Vaccination North-Western Provinces 1866-1877 - 1866-1877
Year: 1866
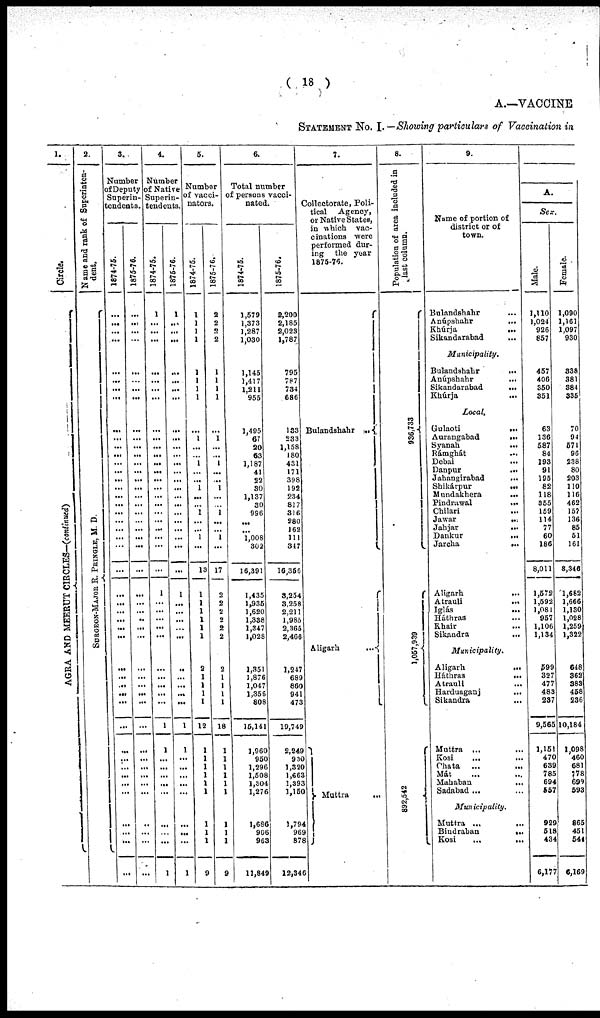
( 18 )
A.— VACCINE
STATEMENT No. I— Showing particulars of Vaccination in
1.
Circle.
AGRA AND MEERUT CIRCLES— (continued)
2.
Name and rank of Superinten-
dent.
SURGEON-MAJOR R. PRINGLE, M. D.
3.
Number
of Deputy
Superin¬
tendents.
1874-75.
...
...
...
...
...
...
...
...
...
...
...
...
...
...
...
...
...
...
...
...
...
...
...
...
...
...
...
...
...
...
...
...
...
...
...
...
...
...
...
...
...
...
...
...
...
...
1875-76.
...
...
...
...
...
...
...
...
...
...
...
...
...
...
...
...
...
...
...
...
...
...
...
...
...
...
...
...
...
...
...
...
...
...
...
...
...
...
...
...
...
...
...
...
...
...
4.
Number
of Native
Superin¬
tendents.
1874-75.
1
...
...
...
...
...
...
...
...
...
...
...
...
...
...
...
...
...
...
...
...
...
...
1
...
...
...
...
...
...
...
...
...
...
1
1
...
...
...
...
...
...
1
1875-76.
1
...
...
...
...
...
...
...
...
...
...
...
...
...
...
...
...
...
...
...
...
...
...
...
1
...
...
...
...
...
...
...
...
...
...
1
1
...
...
...
...
...
...
...
...
1
5.
Number
vacci¬
nators.
1874-75.
1
1
1
1
1
1
1
1
...
1
...
...
1
...
... 1
...
...
1
...
... 1
...
13
1
1
1
1
1
1
2
1
1
1
1
12
1
1
1
1
1
1
1
1
1
9
1875-76.
2
2
2
2
1
1
1
1
...
1
...
...
1
...
... 1
...
...
1
...
... 1
...
17
2
2
2
2
2
2
2
1
1
1
1
18
1
1
1
1
1
1
1
1
1
9
6.
Total number
of persons vacci-
nated.
1874-75.
1,579
1,373
1,287
1,030
1,145
1,417
1,211
955
1,495
67
20
63
1,187
41
22
30
1,137
30
996
...
...
1,008
302
16,391
1,435
1,935
1,620
1,338
1,847
1,028
1,351
1,876
1,047
1,356
808
15,141
1,960
950
1,296
1,508
1,304
1,276
1,686
906
963
11,849
1875-76.
2,200
2,185
2,023
1,787
795
787
734
686
133
233
1,158
180
431
171
398
192
234
817
316
280
162
111
347
16,356
3,254
3,258
2,211
1,985
2,365
2,466
1,247
689
860
941
473
19,749
2,249
930
1,320
1,663
1,393
1,150
1,794
969
878
12,346
7.
Collectorate, Poli-
tical
Agency,
or Native States,
in which vac-
cinations were
performed dur-
ing
the year
1875-76.
Bulandshahr
...
Aligarh
...
Muttra ...
8.
Population of area included in
last column.
936,733
1,057,939
892,542
9.
Name of portion of
district or of
town.
Bulandshahr ... ...
Anúpshahr ... ...
Khúrja
...
...
Sikandarabad ... ...
Municipality.
Bulandshahr
...
...
Anúpshahr
...
...
Sikandarabad ... ...
Khúrja
...
...
Local.
Gulaoti
...
...
Aurangabad
...
...
Syanah
...
...
Rámghát
...
...
Debai ... ...
Danpur
...
...
Jahangirabad ... ...
Shikárpur ... ...
Mundakhera
...
...
Pindrawal
...
...
Chilari ... ...
Jawar
...
...
Jahjar
...
...
Dankur
...
...
Jarcha
...
...
Aligarh
...
...
Atrauli
...
...
Iglás
...
...
Háthras ... ...
Khair ... ...
Sikandra
...
...
Municipality.
Aligarh
...
...
Háthras
...
...
Atrauli
...
...
Harduaganj ...
Sikandra
...
...
Muttra ... ...
Kosi ... ...
Chata ... ...
Mát ... ...
Mahaban
...
...
Sadabad ... ...
Municipality.
Muttra
...
...
Bindraban
...
...
Kosi
...
...
A.
Sex.
Male.
1,110
1,024
926
857
457
406
350
351
63
136
587
84
193
91
195
82
118
355
159
114
77
60
186
8,011
1,572
1,592
1,081
957
1,106
1,134
599
327
477
483
237
9,565
1,151
470
639
785
694
557
929
518
434
6,177
Female.
1,090
1,161
1,097
930
338
381
384
335
70
94
571
96
238
80
203
110
116
462
157
136
85
51
161
8,346
1,682
1,666
1,130
1,028
1,259
1,322
648
362
383
458
236
10,184
1,098
460
681
778
699
593
865
451
544
6,169